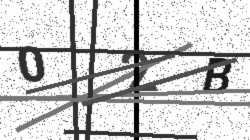
Text: 02B